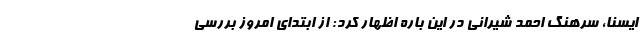
ایسنا، سرهنگ احمد شیرانی در این باره اظهار کرد: از ابتدای امروز بررسی